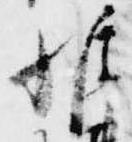
惟